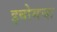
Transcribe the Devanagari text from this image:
इबोमचा